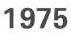
1975